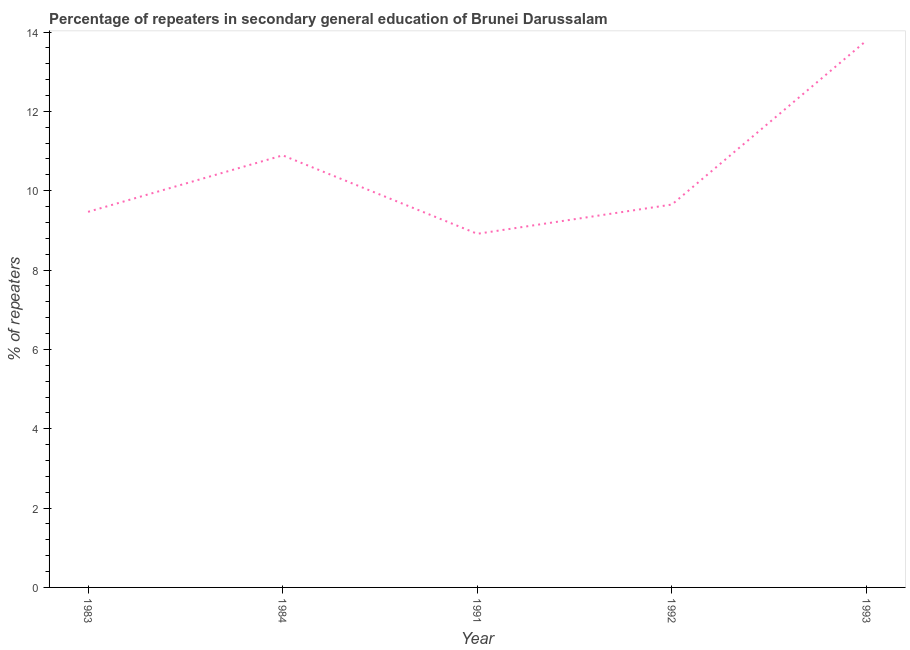
| Year | Percentage of repeaters |
 | --- | --- |
 | 1983 | 9.47 |
 | 1984 | 10.9 |
 | 1991 | 8.91 |
 | 1992 | 9.65 |
 | 1993 | 13.8 |